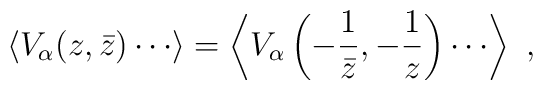
\langle V_{\alpha} (z,\bar{z}) \cdots \rangle = \left \langle V_{\alpha} \left( - \frac{1}{\bar{z}}, - \frac{1}{z}\right)   \cdots \right\rangle ~,